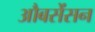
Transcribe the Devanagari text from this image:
औबसेंसन